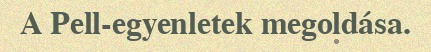
A Pell-egyenletek megoldása.